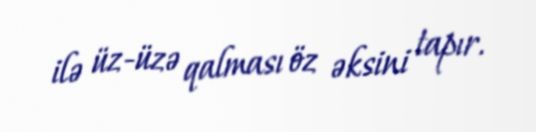
ilə üz-üzə qalması öz əksini tapır.